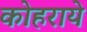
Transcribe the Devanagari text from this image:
कोहराये